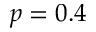
p = 0 . 4